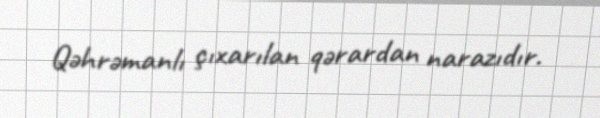
Qəhrəmanlı çıxarılan qərardan narazıdır.